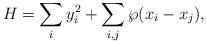
LaTeX: \begin{align*}H=\sum_i y^2_i + \sum_{i,j} \wp(x_{i}-x_{j}), \end{align*}